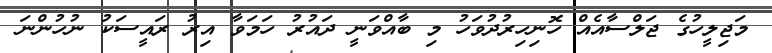
މަޖިލީހުގެ ޖަލްސާއެއް ހޮނިހިރުދުވަހު މި ބާއްވަނީ ދައުރު ހަމަވާ އިރު ރައީސަކު ނުހުންނަ